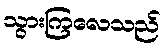
သွားကြလေသည်